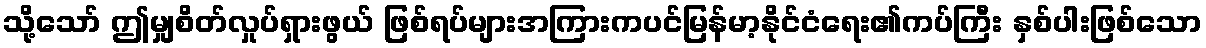
သို့သော် ဤမျှစိတ်လှုပ်ရှားဖွယ် ဖြစ်ရပ်များအကြားကပင်မြန်မာ့နိုင်ငံရေး၏ကပ်ကြီး နှစ်ပါးဖြစ်သော